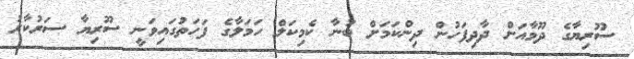
ސޫރިޔާގެ ދޫމާއަށް ދާދިފަހުން ދިންކަމަށް ބުނާ ކެމިކަލް ހަމަލާގެ ފަހަތުގައިވަނީ ސޫރިޔާ ސަރުކާރު